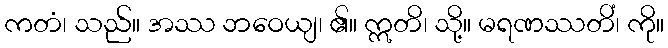
ကတံ၊ သည်။ အဿ ဘဝေယျ၊ ၏။ ဣတိ၊ သို့။ မရဏဿတိံ၊ ကို။